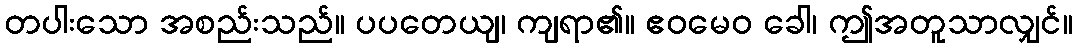
တပါးသော အစည်းသည်။ ပပတေယျ၊ ကျရာ၏။ ဧဝမေဝ ခေါ၊ ဤအတူသာလျှင်။